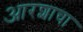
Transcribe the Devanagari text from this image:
आरशाचा